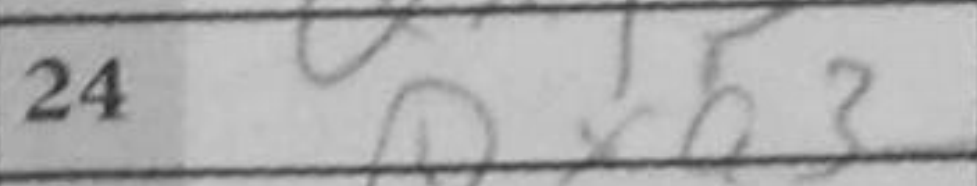
Transcription: Qxb3